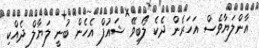
އާންލަޔާވެސް އަހަރެން ދެކެ ލޯބިވޭ ޝައުފް އެހެން ބުނީ ލަޔާލް ދެއްކި